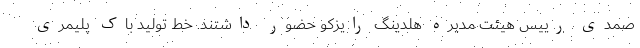
صمدی رییس هیئت مدیره هلدینگ رایزکو حضور داشتند. خط تولید باک پلیمری